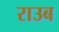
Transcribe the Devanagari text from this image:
राउब